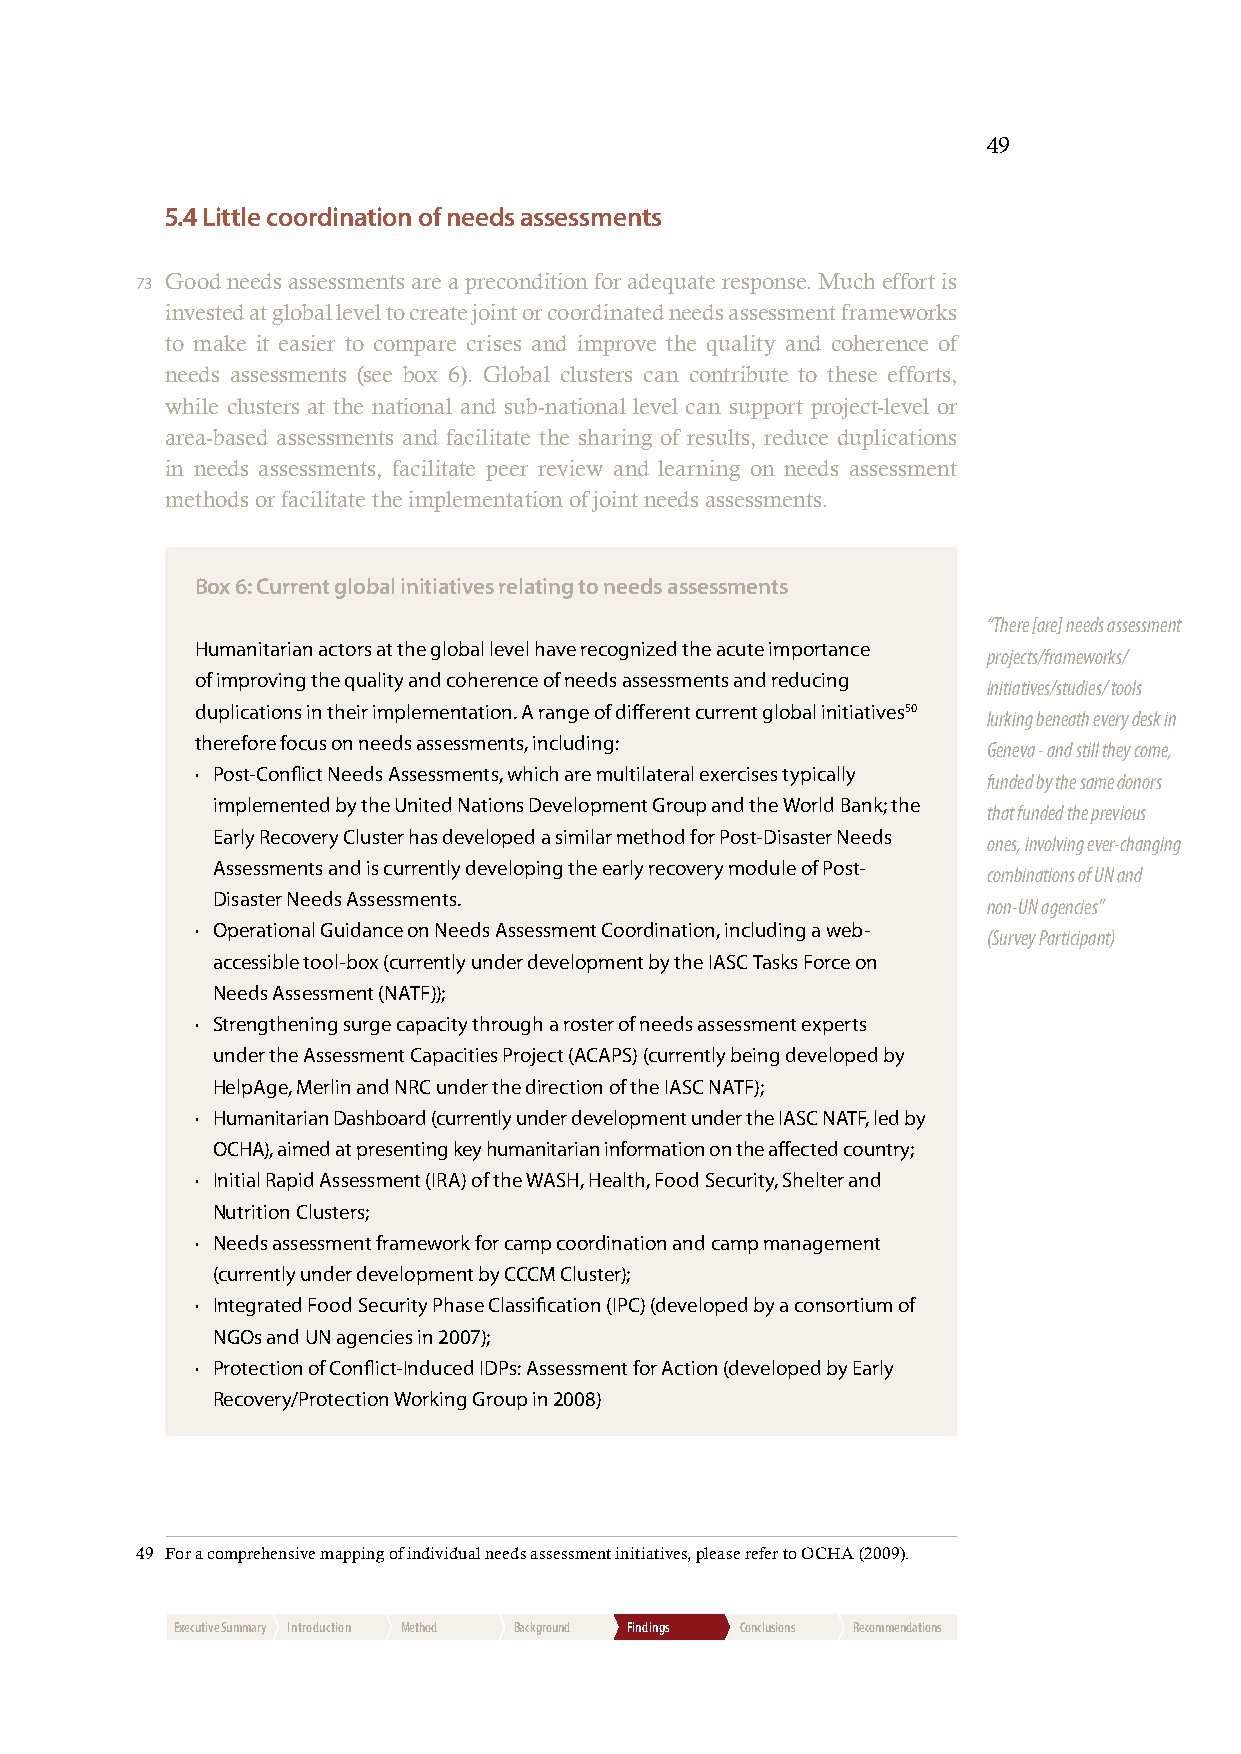
49
 5.4 Little coordination of needs assessments
 73 Good needs assessments are a precondition for adequate response. Much effort is
 invested at global level to create joint or coordinated needs assessment frameworks
 to make it easier to compare crises and improve the quality and coherence of
 needs assessments (see box 6). Global clusters can contribute to these efforts,
 while clusters at the national and sub-national level can support project-level or
 area-based assessments and facilitate the sharing of results, reduce duplications
 in needs assessments, facilitate peer review and learning on needs assessment
 methods or facilitate the implementation of joint needs assessments. 49
 Box 6: Current global initiatives relating to needs assessments
 “There [are] needs assessment
 Humanitarian actors at the global level have recognized the acute importance
 projects/frameworks/
 of improving the quality and coherence of needs assessments and reducing
 initiatives/studies/ tools
 duplications in their implementation. A range of different current global initiatives50
 lurking beneath every desk in
 therefore focus on needs assessments, including:
 Geneva - and still they come,
 · Post-Conflict Needs Assessments, which are multilateral exercises typically
 funded by the same donors
 implemented by the United Nations Development Group and the World Bank; the
 that funded the previous
 Early Recovery Cluster has developed a similar method for Post-Disaster Needs
 ones, involving ever-changing
 Assessments and is currently developing the early recovery module of Post-
 combinations of UN and
 Disaster Needs Assessments.
 non-UN agencies”
 · Operational Guidance on Needs Assessment Coordination, including a web-
 (Survey Participant)
 accessible tool-box (currently under development by the IASC Tasks Force on
 Needs Assessment (NATF));
 · Strengthening surge capacity through a roster of needs assessment experts
 under the Assessment Capacities Project (ACAPS) (currently being developed by
 HelpAge, Merlin and NRC under the direction of the IASC NATF);
 · Humanitarian Dashboard (currently under development under the IASC NATF, led by
 OCHA), aimed at presenting key humanitarian information on the affected country;
 · Initial Rapid Assessment (IRA) of the WASH, Health, Food Security, Shelter and
 Nutrition Clusters;
 · Needs assessment framework for camp coordination and camp management
 (currently under development by CCCM Cluster);
 · Integrated Food Security Phase Classification (IPC) (developed by a consortium of
 NGOs and UN agencies in 2007);
 · Protection of Conflict-Induced IDPs: Assessment for Action (developed by Early
 Recovery/Protection Working Group in 2008)
 49 For a comprehensive mapping of individual needs assessment initiatives, please refer to OCHA (2009).
 Executive Summary Introduction Method Background Findings Conclusions Recommendations